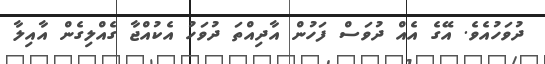
ދުވަހުއެވެ. އޭގެ އެއް ދުވަސް ފަހުން އާދިއްތަ ދުވަހު އެކުއްޖާ ގެއްލިގެން އާއިލާ